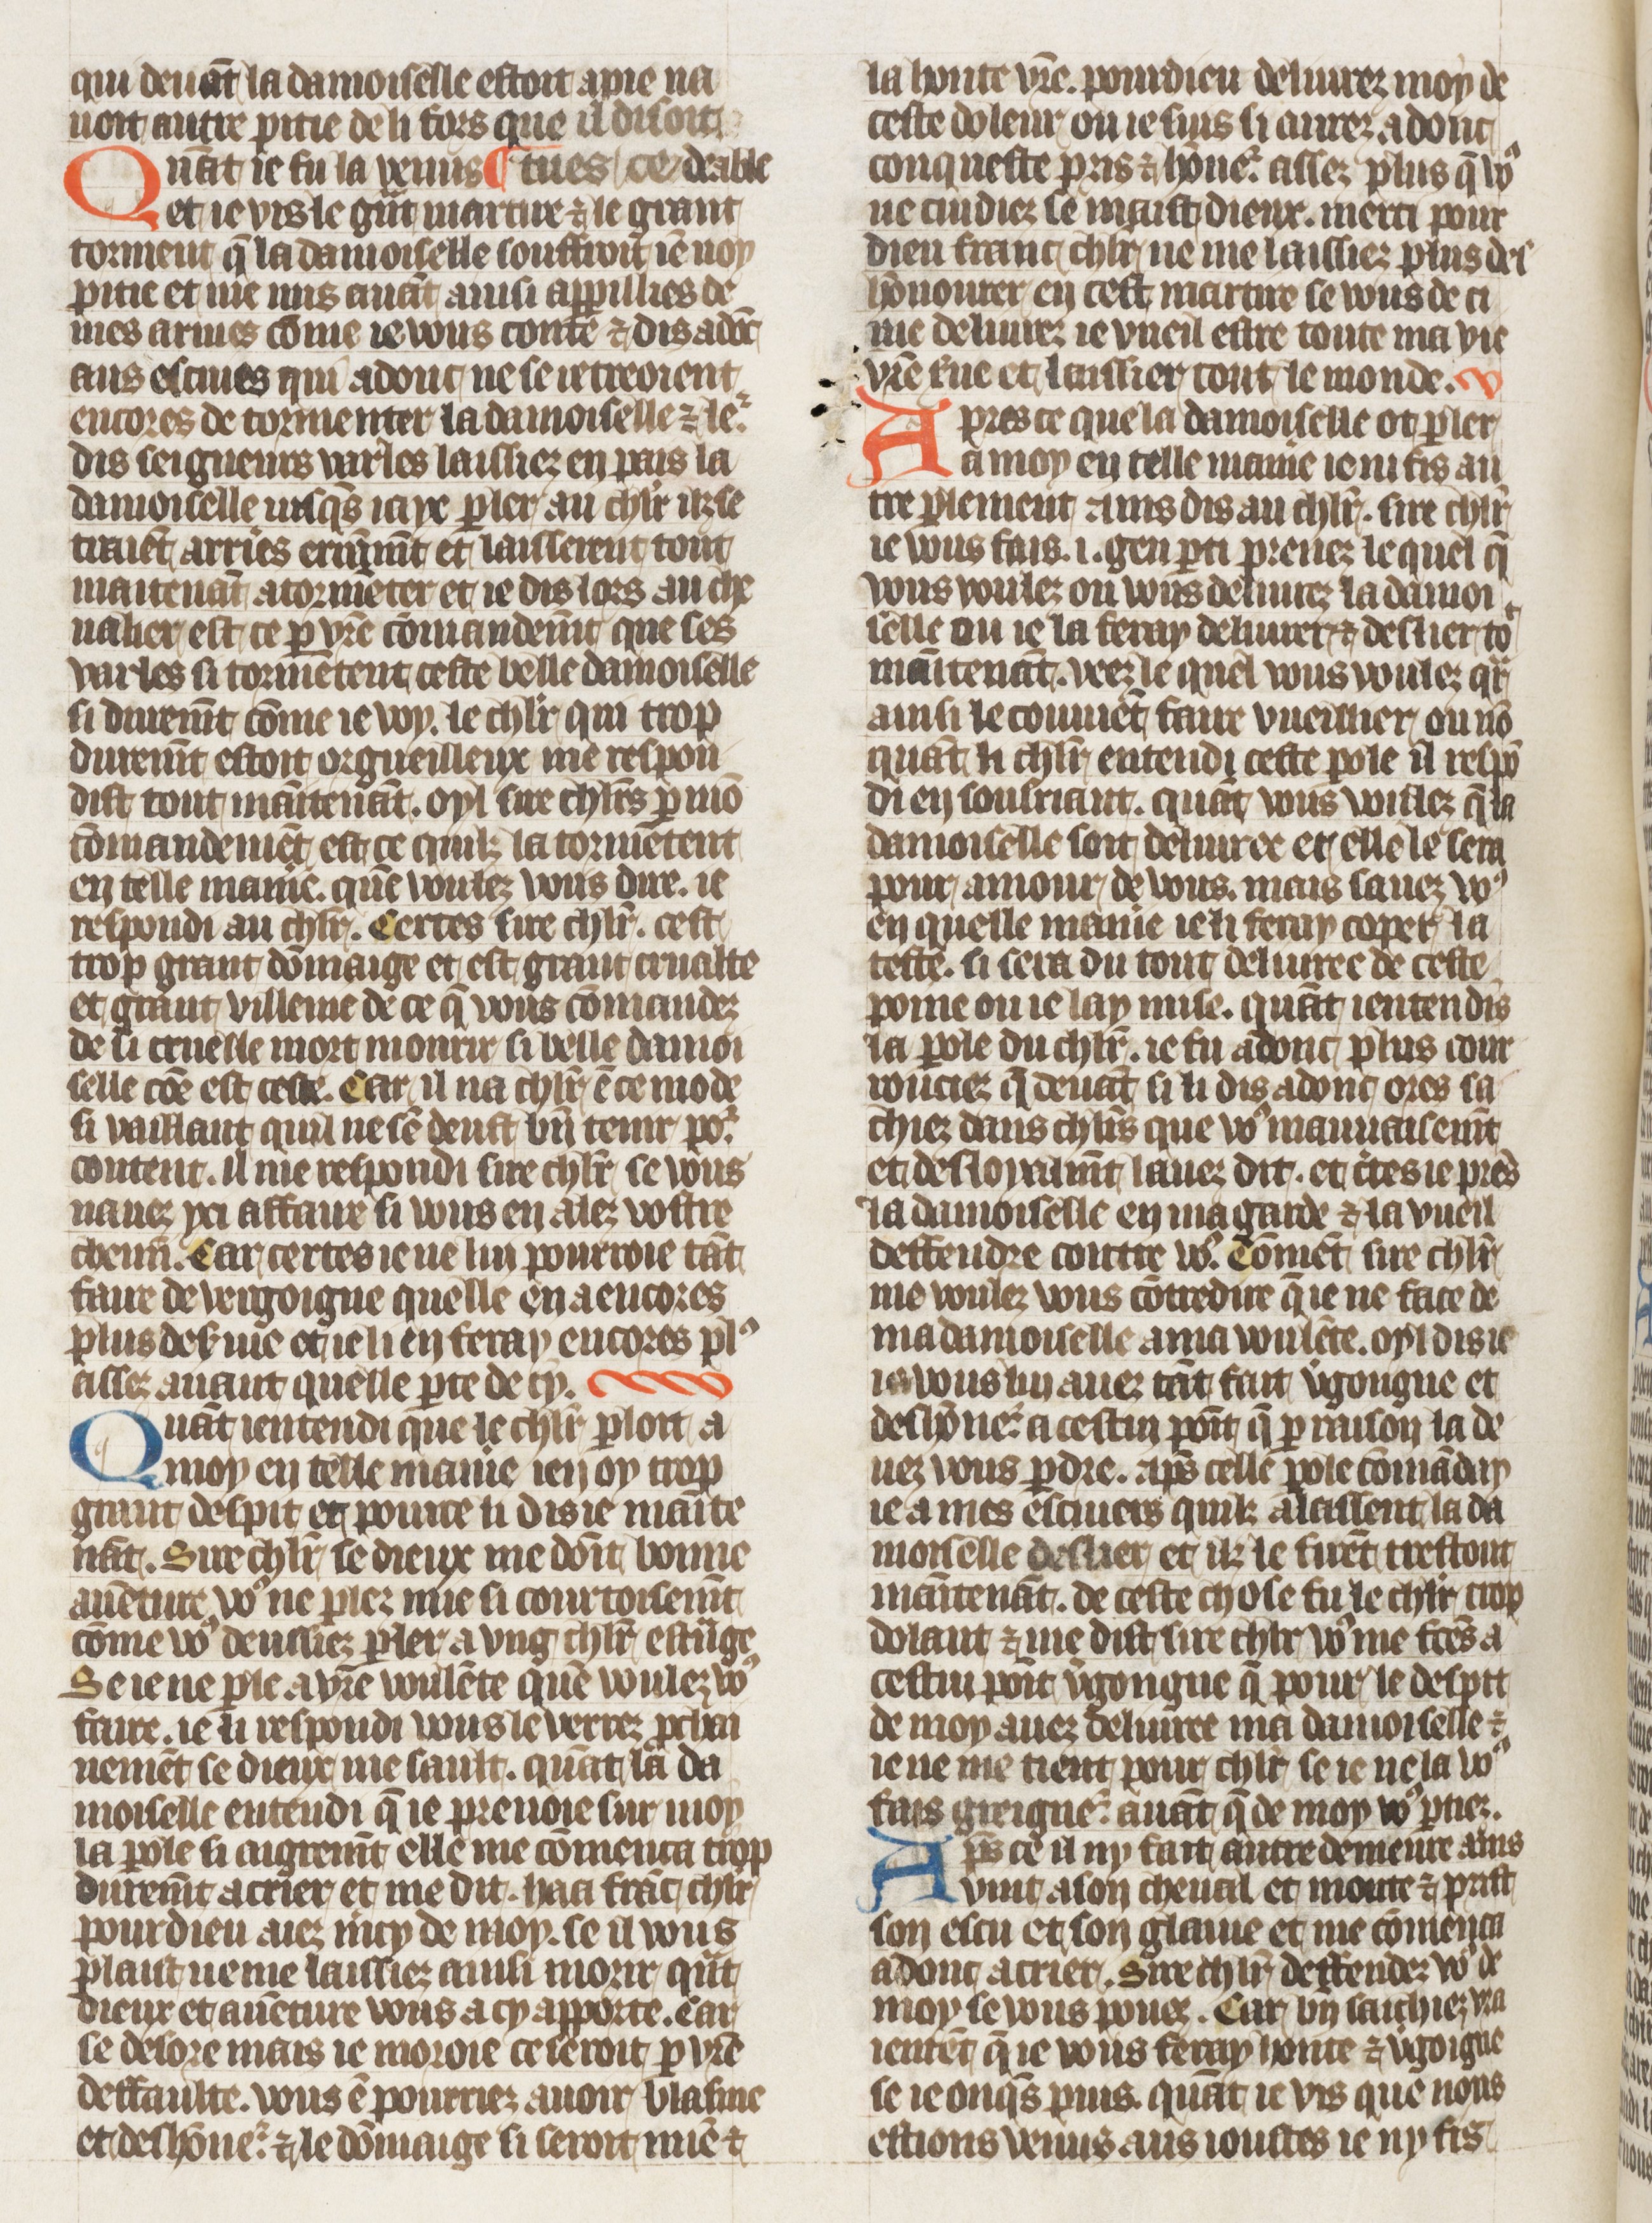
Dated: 1410–1430